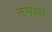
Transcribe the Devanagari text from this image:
तमशा